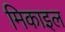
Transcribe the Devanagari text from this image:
मिकाइल